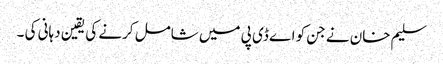
سلیم خان نے جن کو اے ڈی پی میں شامل کرنے کی یقین دہانی کی ۔